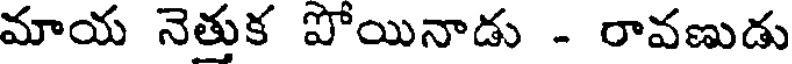
మాయ నెతుక పోయినాడు - రావణుడు